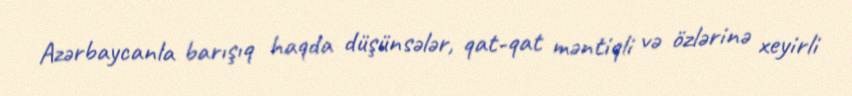
Azərbaycanla barışıq haqda düşünsələr, qat-qat məntiqli və özlərinə xeyirli